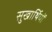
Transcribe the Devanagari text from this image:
सुखार्थियों